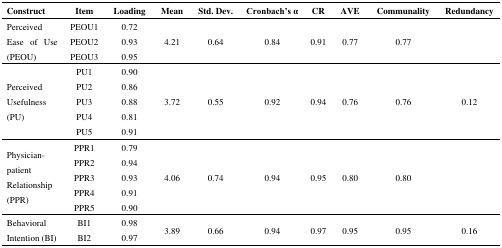
<table><thead><tr><td><b>Construct</b></td><td><b>Item</b></td><td><b>Loading</b></td><td><b>Mean</b></td><td><b>Std. Dev.</b></td><td><b>Cronbach’s α</b></td><td><b>CR</b></td><td><b>AVE</b></td><td><b>Communality</b></td><td><b>Redundancy</b></td></tr></thead><tbody><tr><td rowspan="3">Perceived Ease of Use (PEOU)</td><td>PEOU1</td><td>0.72</td><td rowspan="3">4.21</td><td rowspan="3">0.64</td><td rowspan="3">0.84</td><td rowspan="3">0.91</td><td rowspan="3">0.77</td><td rowspan="3">0.77</td><td rowspan="3"></td></tr><tr><td>PEOU2</td><td>0.93</td></tr><tr><td>PEOU3</td><td>0.95</td></tr><tr><td rowspan="5">Perceived Usefulness (PU)</td><td>PU1</td><td>0.90</td><td rowspan="5">3.72</td><td rowspan="5">0.55</td><td rowspan="5">0.92</td><td rowspan="5">0.94</td><td rowspan="5">0.76</td><td rowspan="5">0.76</td><td rowspan="5">0.12</td></tr><tr><td>PU2</td><td>0.86</td></tr><tr><td>PU3</td><td>0.88</td></tr><tr><td>PU4</td><td>0.81</td></tr><tr><td>PU5</td><td>0.91</td></tr><tr><td rowspan="5">Physician-patient Relationship (PPR)</td><td>PPR1</td><td>0.79</td><td rowspan="5">4.06</td><td rowspan="5">0.74</td><td rowspan="5">0.94</td><td rowspan="5">0.95</td><td rowspan="5">0.80</td><td rowspan="5">0.80</td><td rowspan="5"></td></tr><tr><td>PPR2</td><td>0.94</td></tr><tr><td>PPR3</td><td>0.93</td></tr><tr><td>PPR4</td><td>0.91</td></tr><tr><td>PPR5</td><td>0.90</td></tr><tr><td rowspan="2">Behavioral Intention (BI)</td><td>BI1</td><td>0.98</td><td rowspan="2">3.89</td><td rowspan="2">0.66</td><td rowspan="2">0.94</td><td rowspan="2">0.97</td><td rowspan="2">0.95</td><td rowspan="2">0.95</td><td rowspan="2">0.16</td></tr><tr><td>BI2</td><td>0.97</td></tr></tbody></table>